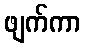
ဖျက်ကာ